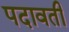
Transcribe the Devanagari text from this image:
पदावती